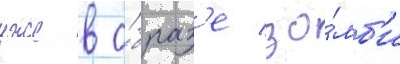
уже в о́браз'е зо́мб'и